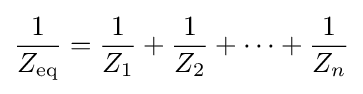
{\frac {1}{Z_{\text{eq}}}}={\frac {1}{Z_{1}}}+{\frac {1}{Z_{2}}}+\cdots +{\frac {1}{Z_{n}}}